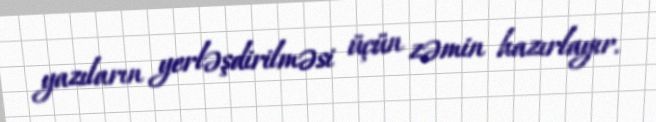
yazıların yerləşdirilməsi üçün zəmin hazırlayır.